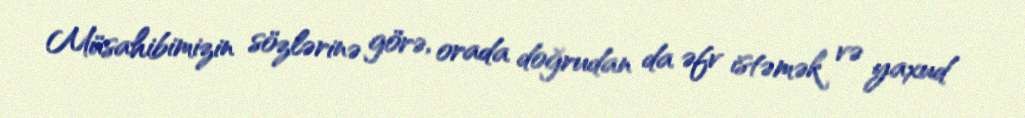
Müsahibimizin sözlərinə görə, orada doğrudan da əfv istəmək və yaxud